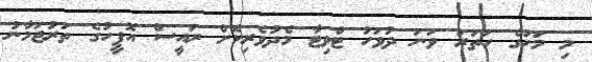
މި މަހުގެ ހަތަރު ވަނަ ދުވަހު ޓްވިޓާ މެދުވެރިކޮށް ރައީސް އޮފީހުގެ ތަރުޖަމާނު